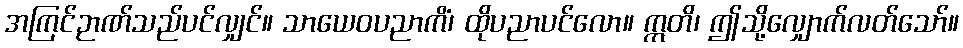
အကြင်ဉာဏ်သည်ပင်လျှင်။ သာယေဝပညာကိံ၊ ထိုပညာပင်လော။ ဣတိ၊ ဤသို့လျှောက်လတ်သော်။